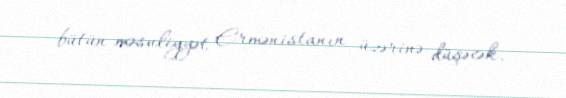
bütün məsuliyyət Ermənistanın üzərinə düşəcək.